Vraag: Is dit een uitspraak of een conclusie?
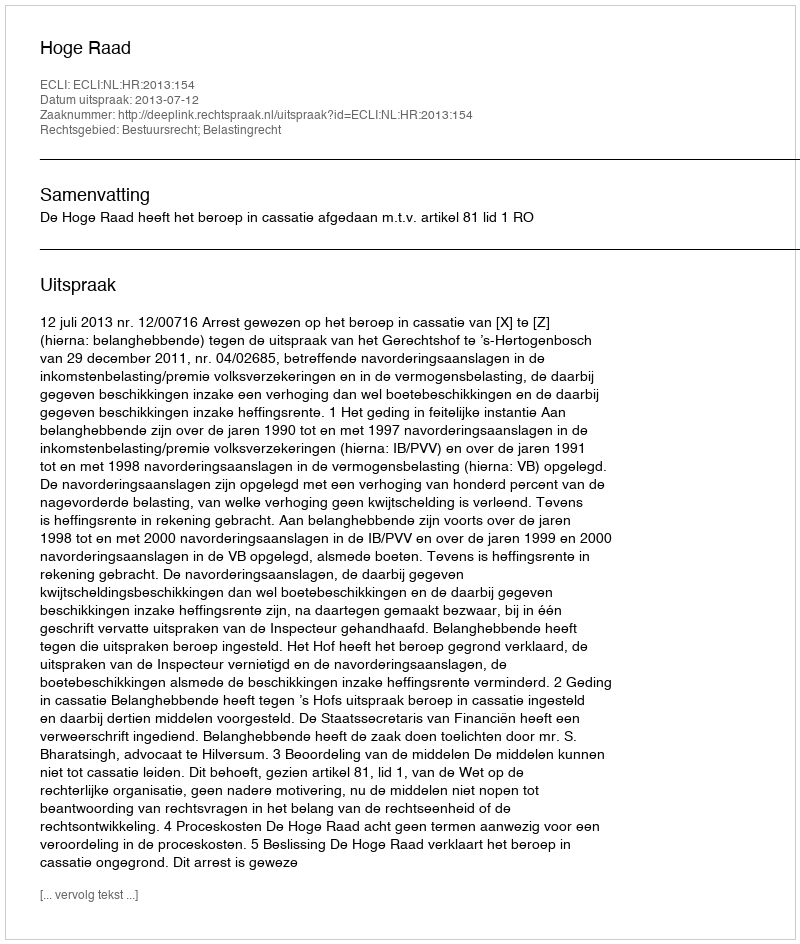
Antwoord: Uitspraak